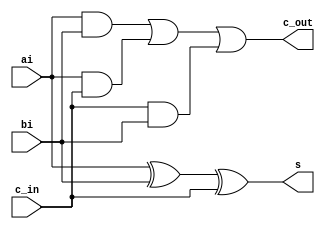
module FA(ai, bi, c_in, s, c_out);
    input ai, bi, c_in;
    output s, c_out;
    assign s = ai^bi^c_in;
    assign c_out = (ai&bi)|(ai&c_in)|(c_in&bi);

endmodule

module part2(a, b, c_in, s, c_out);
    input [3:0] a;
    input [3:0] b;
    input c_in;
    output [3:0] s;
    output [3:0] c_out;
    wire c0, c1, c2, c3;

    FA f0(a[0], b[0], c_in, s[0], c0);
    FA f1(a[1], b[1], c0, s[1], c1);
    FA f2(a[2], b[2], c1, s[2], c2);
    FA f3(a[3], b[3], c2, s[3], c3);
    assign c_out[0] = c0;
    assign c_out[1] = c1;
    assign c_out[2] = c2;
    assign c_out[3] = c3;
endmodule